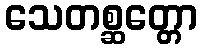
သေတစ္ဆတ္တော